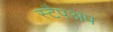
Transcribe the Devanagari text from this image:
स्टैपअप